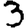
Digit: 3